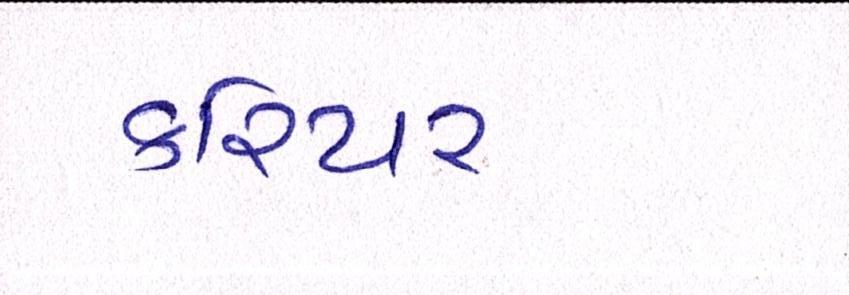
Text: કરિયર